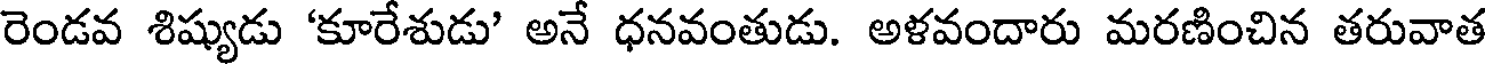
రెండవ శిష్యుడు 'కూరేశుడు' అనే ధనవంతుడు. అళవందారు మరణించిన తరువాత